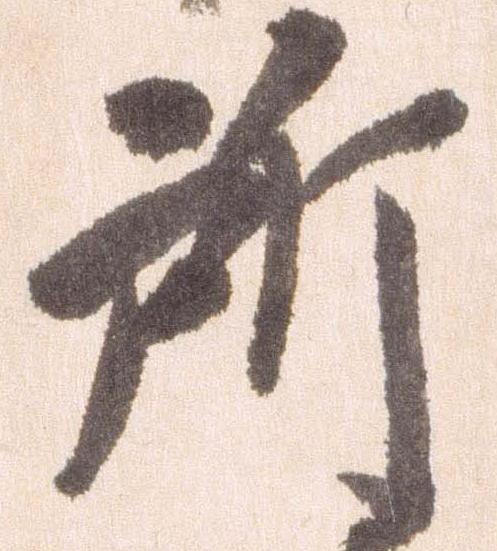
所